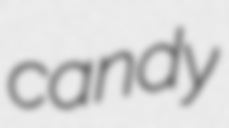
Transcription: candy